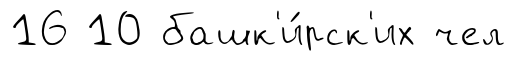
16 10 башк'и́рск'их чел